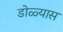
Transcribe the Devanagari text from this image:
डोळ्यास